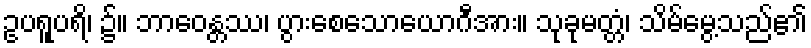
ဥပရူပရိ၊ ၌။ ဘာဝေန္တဿ၊ ပွားစေသောယောဂီအား။ သုခုမတ္တံ၊ သိမ်မွေ့သည်၏